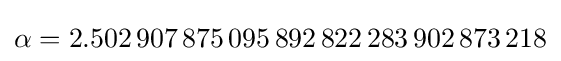
\alpha =2.502\,907\,875\,095\,892\,822\,283\,902\,873\,218